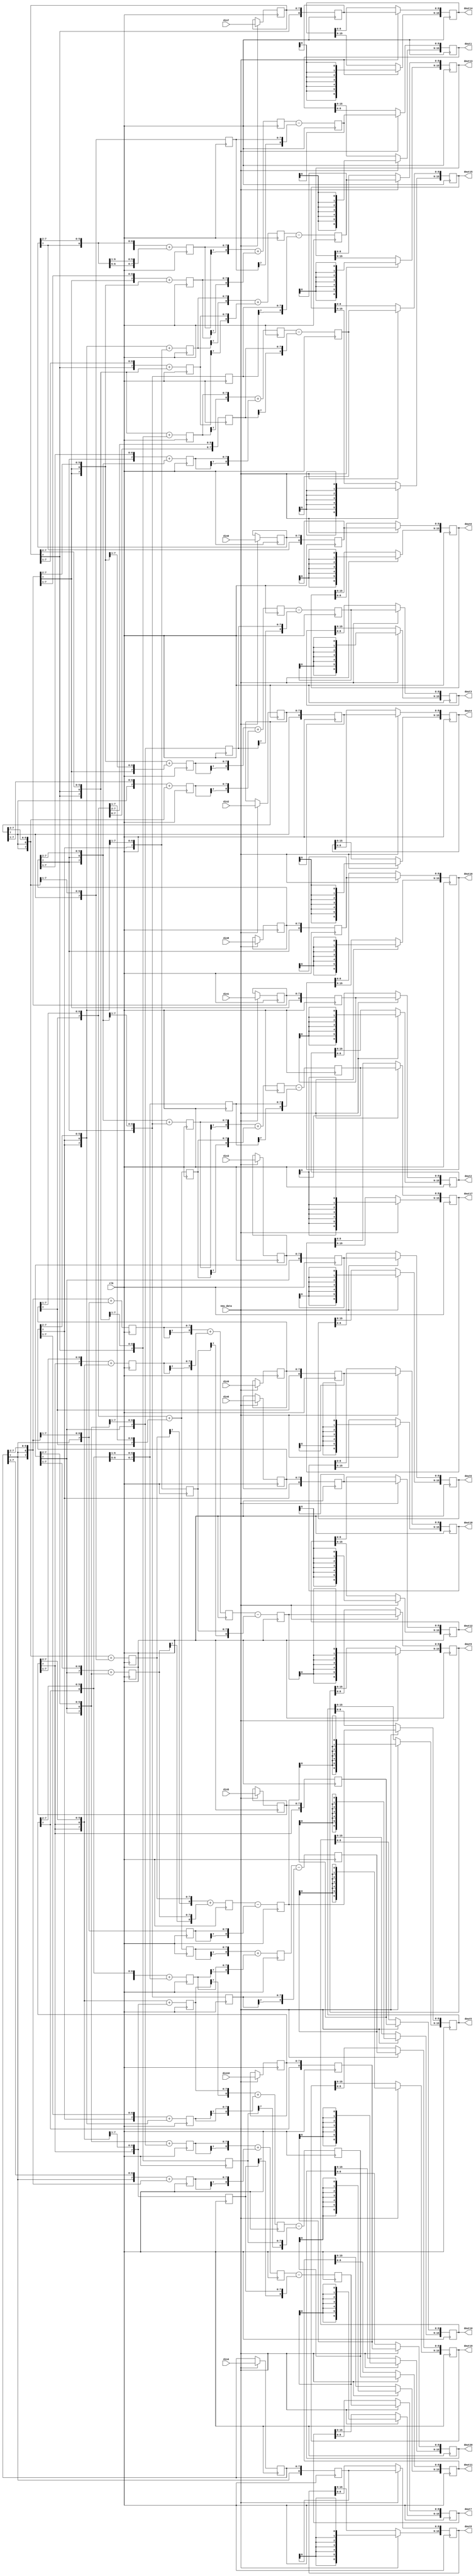

module quadintr_10_20 (clk, new_data,
   din0, 
   din1, 
   din2, 
   din3, 
   din4, 
   din5, 
   din6, 
   din7, 
   din8, 
   din9, 
   din10, 
   dout0, 
   dout1, 
   dout2, 
   dout3, 
   dout4, 
   dout5, 
   dout6, 
   dout7, 
   dout8, 
   dout9, 
   dout10, 
   dout11, 
   dout12, 
   dout13, 
   dout14, 
   dout15, 
   dout16, 
   dout17, 
   dout18, 
   dout19, 
   dout20); 


   input clk; 
   input new_data; 
   input[7:0] din0; 
   input[7:0] din1; 
   input[7:0] din2; 
   input[7:0] din3; 
   input[7:0] din4; 
   input[7:0] din5; 
   input[7:0] din6; 
   input[7:0] din7; 
   input[7:0] din8; 
   input[7:0] din9; 
   input[7:0] din10; 
   reg[7:0] dinr0; 
   reg[7:0] dinr1; 
   reg[7:0] dinr2; 
   reg[7:0] dinr3; 
   reg[7:0] dinr4; 
   reg[7:0] dinr5; 
   reg[7:0] dinr6; 
   reg[7:0] dinr7; 
   reg[7:0] dinr8; 
   reg[7:0] dinr9; 
   reg[7:0] dinr10; 

   output[15:0] dout0; 
   output[15:0] dout1; 
   output[15:0] dout2; 
   output[15:0] dout3; 
   output[15:0] dout4; 
   output[15:0] dout5; 
   output[15:0] dout6; 
   output[15:0] dout7; 
   output[15:0] dout8; 
   output[15:0] dout9; 
   output[15:0] dout10; 
   output[15:0] dout11; 
   output[15:0] dout12; 
   output[15:0] dout13; 
   output[15:0] dout14; 
   output[15:0] dout15; 
   output[15:0] dout16; 
   output[15:0] dout17; 
   output[15:0] dout18; 
   output[15:0] dout19; 
   output[15:0] dout20; 
   reg[15:0] dout0; 
   reg[15:0] dout1; 
   reg[15:0] dout2; 
   reg[15:0] dout3; 
   reg[15:0] dout4; 
   reg[15:0] dout5; 
   reg[15:0] dout6; 
   reg[15:0] dout7; 
   reg[15:0] dout8; 
   reg[15:0] dout9; 
   reg[15:0] dout10; 
   reg[15:0] dout11; 
   reg[15:0] dout12; 
   reg[15:0] dout13; 
   reg[15:0] dout14; 
   reg[15:0] dout15; 
   reg[15:0] dout16; 
   reg[15:0] dout17; 
   reg[15:0] dout18; 
   reg[15:0] dout19; 
   reg[15:0] dout20; 

   reg[7:0] tmp_10; 
   reg[7:0] tmp_11; 
   reg[7:0] tmp_12; 
   reg[7:0] tmp_13; 
   reg[7:0] tmp_14; 
   reg[7:0] tmp_15; 
   reg[7:0] tmp_16; 
   reg[7:0] tmp_17; 
   reg[7:0] tmp_18; 
   reg[7:0] tmp_19; 
   reg[7:0] tmp_110; 
   reg[7:0] tmp_111; 
   reg[7:0] tmp_112; 
   reg[7:0] tmp_113; 
   reg[7:0] tmp_114; 
   reg[7:0] tmp_115; 
   reg[7:0] tmp_116; 
   reg[7:0] tmp_117; 
   reg[7:0] tmp_118; 
   reg[7:0] tmp_119; 
   reg[7:0] tmp_120; 
   reg[7:0] tmp_20; 
   reg[7:0] tmp_21; 
   reg[7:0] tmp_22; 
   reg[7:0] tmp_23; 
   reg[7:0] tmp_24; 
   reg[7:0] tmp_25; 
   reg[7:0] tmp_26; 
   reg[7:0] tmp_27; 
   reg[7:0] tmp_28; 
   reg[7:0] tmp_29; 
   reg[7:0] tmp_210; 
   reg[7:0] tmp_211; 
   reg[7:0] tmp_212; 
   reg[7:0] tmp_213; 
   reg[7:0] tmp_214; 
   reg[7:0] tmp_215; 
   reg[7:0] tmp_216; 
   reg[7:0] tmp_217; 
   reg[7:0] tmp_218; 
   reg[7:0] tmp_219; 
   reg[7:0] tmp_220; 
   reg[7:0] tmp_30; 
   reg[7:0] tmp_31; 
   reg[7:0] tmp_32; 
   reg[7:0] tmp_33; 
   reg[7:0] tmp_34; 
   reg[7:0] tmp_35; 
   reg[7:0] tmp_36; 
   reg[7:0] tmp_37; 
   reg[7:0] tmp_38; 
   reg[7:0] tmp_39; 
   reg[7:0] tmp_310; 
   reg[7:0] tmp_311; 
   reg[7:0] tmp_312; 
   reg[7:0] tmp_313; 
   reg[7:0] tmp_314; 
   reg[7:0] tmp_315; 
   reg[7:0] tmp_316; 
   reg[7:0] tmp_317; 
   reg[7:0] tmp_318; 
   reg[7:0] tmp_319; 
   reg[7:0] tmp_320; 
   reg[8:0] add_tmp0; 
   reg[8:0] add_tmp1; 
   reg[8:0] add_tmp2; 
   reg[8:0] add_tmp3; 
   reg[8:0] add_tmp4; 
   reg[8:0] add_tmp5; 
   reg[8:0] add_tmp6; 
   reg[8:0] add_tmp7; 
   reg[8:0] add_tmp8; 
   reg[8:0] add_tmp9; 
   reg[8:0] add_tmp10; 
   reg[8:0] add_tmp11; 
   reg[8:0] add_tmp12; 
   reg[8:0] add_tmp13; 
   reg[8:0] add_tmp14; 
   reg[8:0] add_tmp15; 
   reg[8:0] add_tmp16; 
   reg[8:0] add_tmp17; 
   reg[8:0] add_tmp18; 
   reg[8:0] add_tmp19; 
   reg[8:0] add_tmp20; 
   reg[8:0] doutr0; 
   reg[8:0] doutr1; 
   reg[8:0] doutr2; 
   reg[8:0] doutr3; 
   reg[8:0] doutr4; 
   reg[8:0] doutr5; 
   reg[8:0] doutr6; 
   reg[8:0] doutr7; 
   reg[8:0] doutr8; 
   reg[8:0] doutr9; 
   reg[8:0] doutr10; 
   reg[8:0] doutr11; 
   reg[8:0] doutr12; 
   reg[8:0] doutr13; 
   reg[8:0] doutr14; 
   reg[8:0] doutr15; 
   reg[8:0] doutr16; 
   reg[8:0] doutr17; 
   reg[8:0] doutr18; 
   reg[8:0] doutr19; 
   reg[8:0] doutr20; 

   always @(posedge clk)
   begin
         if (new_data == 1'b1)
         begin
			dinr0 <= din0;
			dinr1 <= din1;
			dinr2 <= din2;
			dinr3 <= din3;
			dinr4 <= din4;
			dinr5 <= din5;
			dinr6 <= din6;
			dinr7 <= din7;
			dinr8 <= din8;
			dinr9 <= din9;
			dinr10 <= din10;

			dout0[15:9] <= {doutr0[8],doutr0[8],doutr0[8],doutr0[8],doutr0[8],doutr0[8],doutr0[8]};
			dout1[15:9] <= {doutr1[8],doutr1[8],doutr1[8],doutr1[8],doutr1[8],doutr1[8],doutr1[8]};
			dout2[15:9] <= {doutr2[8],doutr2[8],doutr2[8],doutr2[8],doutr2[8],doutr2[8],doutr2[8]};
			dout3[15:9] <= {doutr3[8],doutr3[8],doutr3[8],doutr3[8],doutr3[8],doutr3[8],doutr3[8]};
			dout4[15:9] <= {doutr4[8],doutr4[8],doutr4[8],doutr4[8],doutr4[8],doutr4[8],doutr4[8]};
			dout5[15:9] <= {doutr5[8],doutr5[8],doutr5[8],doutr5[8],doutr5[8],doutr5[8],doutr5[8]};
			dout6[15:9] <= {doutr6[8],doutr6[8],doutr6[8],doutr6[8],doutr6[8],doutr6[8],doutr6[8]};
			dout7[15:9] <= {doutr7[8],doutr7[8],doutr7[8],doutr7[8],doutr7[8],doutr7[8],doutr7[8]};
			dout8[15:9] <= {doutr8[8],doutr8[8],doutr8[8],doutr8[8],doutr8[8],doutr8[8],doutr8[8]};
			dout9[15:9] <= {doutr9[8],doutr9[8],doutr9[8],doutr9[8],doutr9[8],doutr9[8],doutr9[8]};
			dout10[15:9] <= {doutr10[8],doutr10[8],doutr10[8],doutr10[8],doutr10[8],doutr10[8],doutr10[8]};
			dout11[15:9] <= {doutr11[8],doutr11[8],doutr11[8],doutr11[8],doutr11[8],doutr11[8],doutr11[8]};
			dout12[15:9] <= {doutr12[8],doutr12[8],doutr12[8],doutr12[8],doutr12[8],doutr12[8],doutr12[8]};
			dout13[15:9] <= {doutr13[8],doutr13[8],doutr13[8],doutr13[8],doutr13[8],doutr13[8],doutr13[8]};
			dout14[15:9] <= {doutr14[8],doutr14[8],doutr14[8],doutr14[8],doutr14[8],doutr14[8],doutr14[8]};
			dout15[15:9] <= {doutr15[8],doutr15[8],doutr15[8],doutr15[8],doutr15[8],doutr15[8],doutr15[8]};
			dout16[15:9] <= {doutr16[8],doutr16[8],doutr16[8],doutr16[8],doutr16[8],doutr16[8],doutr16[8]};
			dout17[15:9] <= {doutr17[8],doutr17[8],doutr17[8],doutr17[8],doutr17[8],doutr17[8],doutr17[8]};
			dout18[15:9] <= {doutr18[8],doutr18[8],doutr18[8],doutr18[8],doutr18[8],doutr18[8],doutr18[8]};
			dout19[15:9] <= {doutr19[8],doutr19[8],doutr19[8],doutr19[8],doutr19[8],doutr19[8],doutr19[8]};
			dout20[15:9] <= {doutr20[8],doutr20[8],doutr20[8],doutr20[8],doutr20[8],doutr20[8],doutr20[8]};
			dout0[8:0] <= doutr0;
			dout1[8:0] <= doutr1;
			dout2[8:0] <= doutr2;
			dout3[8:0] <= doutr3;
			dout4[8:0] <= doutr4;
			dout5[8:0] <= doutr5;
			dout6[8:0] <= doutr6;
			dout7[8:0] <= doutr7;
			dout8[8:0] <= doutr8;
			dout9[8:0] <= doutr9;
			dout10[8:0] <= doutr10;
			dout11[8:0] <= doutr11;
			dout12[8:0] <= doutr12;
			dout13[8:0] <= doutr13;
			dout14[8:0] <= doutr14;
			dout15[8:0] <= doutr15;
			dout16[8:0] <= doutr16;
			dout17[8:0] <= doutr17;
			dout18[8:0] <= doutr18;
			dout19[8:0] <= doutr19;
			dout20[8:0] <= doutr20;
         end 
				doutr0 <= {dinr0[8-1], dinr0};
				doutr2 <= {dinr1[8-1], dinr1};
				doutr4 <= {dinr2[8-1], dinr2};
				doutr6 <= {dinr3[8-1], dinr3};
				doutr8 <= {dinr4[8-1], dinr4};
				doutr10 <= {dinr5[8-1], dinr5};
				doutr12 <= {dinr6[8-1], dinr6};
				doutr14 <= {dinr7[8-1], dinr7};
				doutr16 <= {dinr8[8-1], dinr8};

				tmp_11 <= {dinr0[8-1], dinr0[8-1], dinr0[8-1:2]} + {dinr0[8-1], dinr0[8-1], dinr0[8-1], dinr0[8-1:3]};
				tmp_13 <= {dinr1[8-1], dinr1[8-1], dinr1[8-1:2]} + {dinr1[8-1], dinr1[8-1], dinr1[8-1], dinr1[8-1:3]};
				tmp_15 <= {dinr2[8-1], dinr2[8-1], dinr2[8-1:2]} + {dinr2[8-1], dinr2[8-1], dinr2[8-1], dinr2[8-1:3]};
				tmp_17 <= {dinr3[8-1], dinr3[8-1], dinr3[8-1:2]} + {dinr3[8-1], dinr3[8-1], dinr3[8-1], dinr3[8-1:3]};
				tmp_19 <= {dinr4[8-1], dinr4[8-1], dinr4[8-1:2]} + {dinr4[8-1], dinr4[8-1], dinr4[8-1], dinr4[8-1:3]};
				tmp_111 <= {dinr5[8-1], dinr5[8-1], dinr5[8-1:2]} + {dinr5[8-1], dinr5[8-1], dinr5[8-1], dinr5[8-1:3]};
				tmp_113 <= {dinr6[8-1], dinr6[8-1], dinr6[8-1:2]} + {dinr6[8-1], dinr6[8-1], dinr6[8-1], dinr6[8-1:3]};
				tmp_115 <= {dinr7[8-1], dinr7[8-1], dinr7[8-1:2]} + {dinr7[8-1], dinr7[8-1], dinr7[8-1], dinr7[8-1:3]};
				tmp_117 <= {dinr8[8-1], dinr8[8-1], dinr8[8-1:2]} + {dinr8[8-1], dinr8[8-1], dinr8[8-1], dinr8[8-1:3]};
				
				tmp_21 <= {dinr1[8-1], dinr1[8-1:1]} + {dinr1[8-1], dinr1[8-1], dinr1[8-1:2]};
				tmp_23 <= {dinr2[8-1], dinr2[8-1:1]} + {dinr2[8-1], dinr2[8-1], dinr2[8-1:2]};
				tmp_25 <= {dinr3[8-1], dinr3[8-1:1]} + {dinr3[8-1], dinr3[8-1], dinr3[8-1:2]};
				tmp_27 <= {dinr4[8-1], dinr4[8-1:1]} + {dinr4[8-1], dinr4[8-1], dinr4[8-1:2]};
				tmp_29 <= {dinr5[8-1], dinr5[8-1:1]} + {dinr5[8-1], dinr5[8-1], dinr5[8-1:2]};
				tmp_211 <= {dinr6[8-1], dinr6[8-1:1]} + {dinr6[8-1], dinr6[8-1], dinr6[8-1:2]};
				tmp_213 <= {dinr7[8-1], dinr7[8-1:1]} + {dinr7[8-1], dinr7[8-1], dinr7[8-1:2]};
				tmp_215 <= {dinr8[8-1], dinr8[8-1:1]} + {dinr8[8-1], dinr8[8-1], dinr8[8-1:2]};
				tmp_217 <= {dinr9[8-1], dinr9[8-1:1]} + {dinr9[8-1], dinr9[8-1], dinr9[8-1:2]};
				
				tmp_31 <= {dinr2[8-1], dinr2[8-1], dinr2[8-1], dinr2[8-1:3]};
				tmp_33 <= {dinr3[8-1], dinr3[8-1], dinr3[8-1], dinr3[8-1:3]};
				tmp_35 <= {dinr4[8-1], dinr4[8-1], dinr4[8-1], dinr4[8-1:3]};
				tmp_37 <= {dinr5[8-1], dinr5[8-1], dinr5[8-1], dinr5[8-1:3]};
				tmp_39 <= {dinr6[8-1], dinr6[8-1], dinr6[8-1], dinr6[8-1:3]};
				tmp_311 <= {dinr7[8-1], dinr7[8-1], dinr7[8-1], dinr7[8-1:3]};
				tmp_313 <= {dinr8[8-1], dinr8[8-1], dinr8[8-1], dinr8[8-1:3]};
				tmp_315 <= {dinr9[8-1], dinr9[8-1], dinr9[8-1], dinr9[8-1:3]};
				tmp_317 <= {dinr10[8-1], dinr10[8-1], dinr10[8-1], dinr10[8-1:3]};

				add_tmp1 <= {tmp_11[8-1], tmp_11} + {tmp_21[8-1], tmp_21};
				add_tmp3 <= {tmp_13[8-1], tmp_13} + {tmp_23[8-1], tmp_23};
				add_tmp5 <= {tmp_15[8-1], tmp_15} + {tmp_25[8-1], tmp_25};
				add_tmp7 <= {tmp_17[8-1], tmp_17} + {tmp_27[8-1], tmp_27};
				add_tmp9 <= {tmp_19[8-1], tmp_19} + {tmp_29[8-1], tmp_29};
				add_tmp11 <= {tmp_111[8-1], tmp_111} + {tmp_211[8-1], tmp_211};
				add_tmp13 <= {tmp_113[8-1], tmp_113} + {tmp_213[8-1], tmp_213};
				add_tmp15 <= {tmp_115[8-1], tmp_115} + {tmp_215[8-1], tmp_215};
				add_tmp17 <= {tmp_117[8-1], tmp_117} + {tmp_217[8-1], tmp_217};

				doutr1 <= add_tmp1 - {tmp_31[8-1], tmp_31};
				doutr3 <= add_tmp3 - {tmp_33[8-1], tmp_33};
				doutr5 <= add_tmp5 - {tmp_35[8-1], tmp_35};
				doutr7 <= add_tmp7 - {tmp_37[8-1], tmp_37};
				doutr9 <= add_tmp9 - {tmp_39[8-1], tmp_39};
				doutr11 <= add_tmp11 - {tmp_311[8-1], tmp_311};
				doutr13 <= add_tmp13 - {tmp_313[8-1], tmp_313};
				doutr15 <= add_tmp15 - {tmp_315[8-1], tmp_315};
				doutr17 <= add_tmp17 - {tmp_317[8-1], tmp_317};

		doutr18 <= {dinr9[8-1] , dinr9};

		tmp_119 <= {dinr8[8-1], dinr8[8-1] , dinr8[8-1] , dinr8[8-1 : 3]};

		tmp_219 <= {dinr9[8-1], dinr9[8-1 : 1]} + {dinr9[8-1], dinr9[8-1] , dinr9[8-1 : 2]};
				
		tmp_319 <= {dinr10[8-1] , dinr10[8-1] , dinr10[8-1 : 2]} + {dinr10[8-1] , dinr10[8-1] , dinr10[8-1] , dinr10[8-1 : 3]};

		add_tmp19 <= {tmp_219[8-1] , tmp_219} + {tmp_319[8-1] , tmp_319};

		doutr19 <= add_tmp19 - {tmp_119[8-1] , tmp_119};

		doutr20 <= {dinr10[8-1] , dinr10};
   end 
endmodule